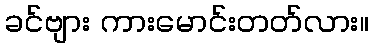
ခင်ဗျား ကားမောင်းတတ်လား။